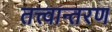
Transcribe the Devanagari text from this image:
तत्त्वान्तरण